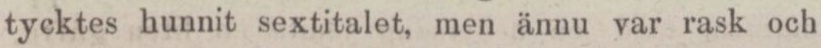
tycktes hunnit sextitalet, men ännu var rask och